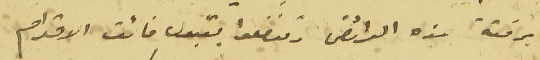
برفقه هذه العرائض وتفضلوا بقبول فائق الاحترام